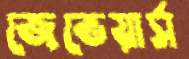
জেভেয়ার্স